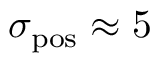
\sigma _ { \mathrm { p o s } } \approx 5